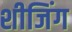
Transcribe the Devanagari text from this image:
शीजिंग